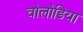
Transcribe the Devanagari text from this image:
वोलोडिया